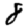
Digit: 8